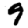
Digit: 9